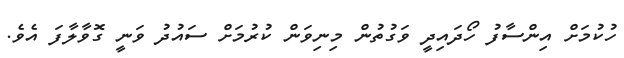
ހުކުމަށް އިންސާފު ހޯދައިދީ ވަގުތުން މިނިވަން ކުރުމަށް ސައުދު ވަނީ ގޮވާލާފަ އެވެ.